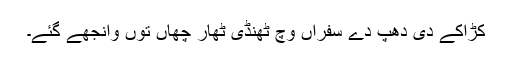
کڑاکے دی دھپ دے سفراں وچ ٹھنڈی ٹھار چھاں توں وانجھے گئے۔